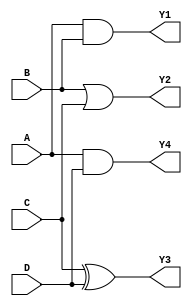
module comb_logic_blocks (
    input wire A,
    input wire B,
    input wire C,
    input wire D,
    output wire Y1,  // Output from Group 1
    output wire Y2,  // Output from Group 2
    output wire Y3,  // Output from Group 3
    output wire Y4   // Output from Group 4
);

// Group 1: A AND B
// Group 2: B OR C (overlaps with Group 1 on B)
// Group 3: C XOR D (overlaps with Group 2 on C)
// Group 4: A AND D (overlaps with Group 1 on A)

assign Y1 = A & B;           // Output from Group 1
assign Y2 = B | C;           // Output from Group 2
assign Y3 = C ^ D;           // Output from Group 3
assign Y4 = A & D;           // Output from Group 4

endmodule